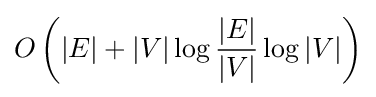
O\left(|E|+|V|\log {\frac {|E|}{|V|}}\log |V|\right)